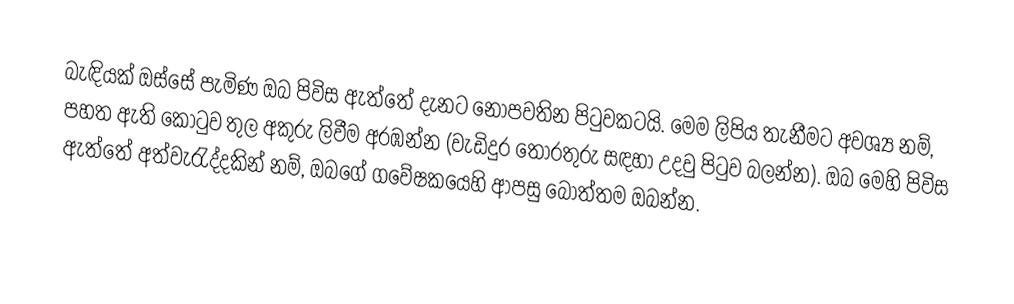
බැඳියක් ඔස්සේ පැමිණ ඔබ පිවිස ඇත්තේ දැනට නොපවතින පිටුවකටයි. මෙම ලිපිය තැනීමට අවශ්‍ය නම්, පහත ඇති කොටුව තුල අකුරු ලිවීම අරඹන්න (වැඩිදුර තොරතුරු සඳහා උදවු පිටුව බලන්න). ඔබ මෙහි පිවිස ඇත්තේ අත්වැරැද්දකින් නම්, ඔබගේ ගවේෂකයෙහි ආපසු බොත්තම ඔබන්න.